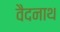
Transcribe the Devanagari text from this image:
वैदनाथ